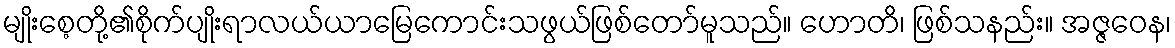
မျိုးစေ့တို့၏စိုက်ပျိုးရာလယ်ယာမြေကောင်းသဖွယ်ဖြစ်တော်မူသည်။ ဟောတိ၊ ဖြစ်သနည်း။ အဇ္ဇဝေန၊